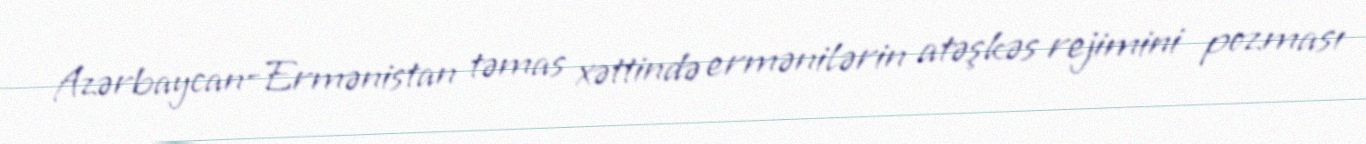
Azərbaycan-Ermənistan təmas xəttində ermənilərin atəşkəs rejimini pozması